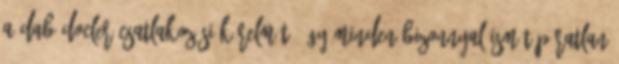
a Dab.Docler csatlakozási kérelmét. Így minden bizonnyal ismét páratlan